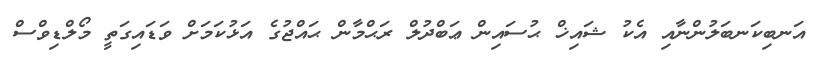
އަނބިކަނބަލުންނާއި އެކު ޝައިޚް ޙުސައިން ޢަބްދުލް ރަޙްމާން ޙައްޖުގެ އަޅުކަމަށް ވަޑައިގަތީ މޯލްޑިވްސް